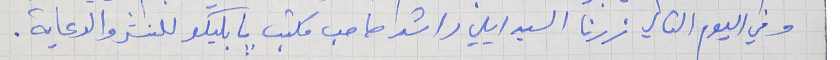
وفي اليوم التالي زرنا السيد ايلي راشد صاحب مكتب بابليكو للنشر والدعاية .